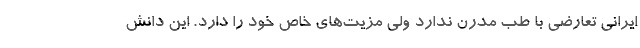
ایرانی تعارضی با طب مدرن ندارد ولی مزیت‌های خاص خود را دارد. این دانش